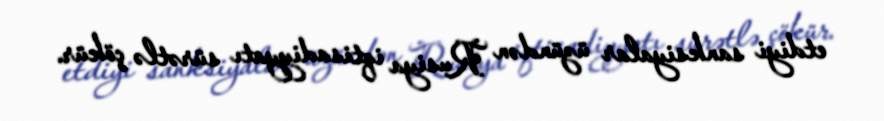
etdiyi sanksiyalar üzündən Rusiya iqtisadiyyatı sürətlə çökür.